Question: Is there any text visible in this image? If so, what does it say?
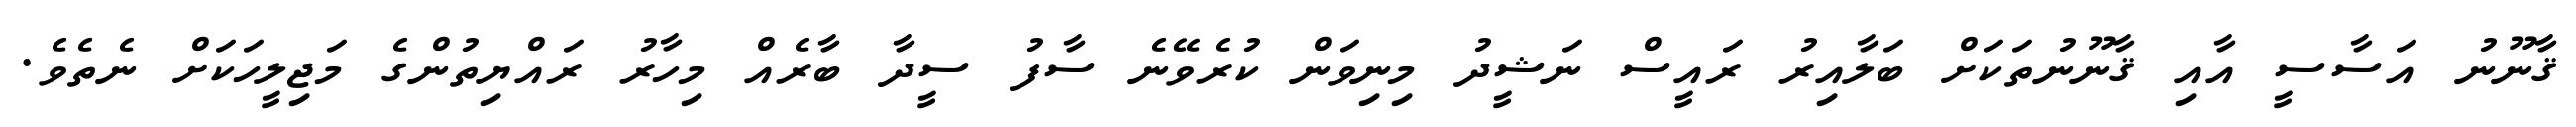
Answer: ޤާނޫނު އަސާސީ އާއި ޤާނޫނުތަކަށް ބަލާއިރު ރައީސް ނަޝީދު މިނިވަން ކުރެވޭނެ ސާފު ސީދާ ބާރެއް މިހާރު ރައްޔިތުންގެ މަޖިލީހަކަށް ނެތެވެ.